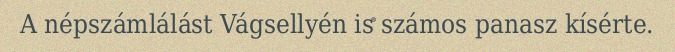
A népszámlálást Vágsellyén is számos panasz kísérte.